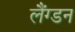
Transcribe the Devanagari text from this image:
लैंग्डन